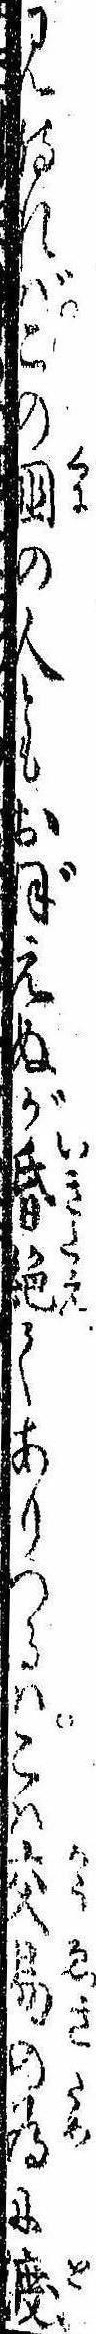
見侍ればこの国の人ともおぼえぬが昏絶てありつるはこは交易の為に渡